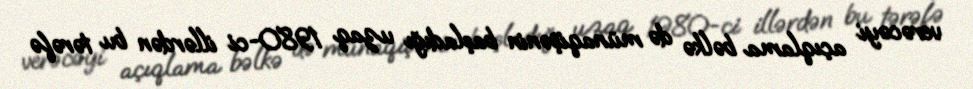
verəcəyi açıqlama bəlkə də münaqişənin başladığı uzaq 1980-ci illərdən bu tərəfə